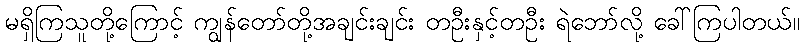
မရှိကြသူတို့ကြောင့် ကျွန်တော်တို့အချင်းချင်း တဦးနှင့်တဦး ရဲဘော်လို့ ခေါ်ကြပါတယ်။